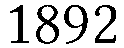
1892